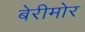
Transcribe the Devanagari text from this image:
बेरीमोर